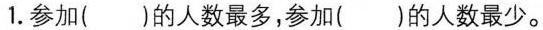
1.参加()的人数最多，参加()的人数最少。